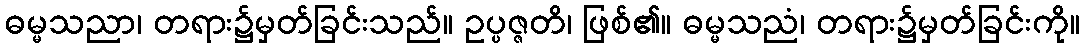
ဓမ္မသညာ၊ တရား၌မှတ်ခြင်းသည်။ ဥပ္ပဇ္ဇတိ၊ ဖြစ်၏။ ဓမ္မသညံ၊ တရား၌မှတ်ခြင်းကို။